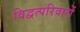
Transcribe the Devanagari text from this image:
विद्वत्परिवारों